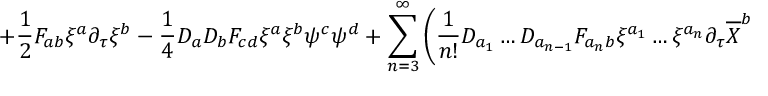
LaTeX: + \frac { 1 } { 2 } F _ { a b } \xi ^ { a } \partial _ { \tau } \xi ^ { b } - \frac { 1 } { 4 } D _ { a } D _ { b } F _ { c d } \xi ^ { a } \xi ^ { b } \psi ^ { c } \psi ^ { d } + \sum _ { n = 3 } ^ { \infty } \left( \frac { 1 } { n ! } D _ { a _ { 1 } } \ldots D _ { a _ { n - 1 } } F _ { { a _ { n } } b } \xi ^ { a _ { 1 } } \ldots \xi ^ { a _ { n } } \partial _ { \tau } \overline { { { X } } } ^ { b } \right.